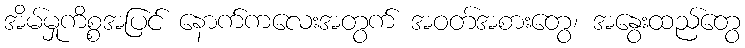
အိမ်မှုကိစ္စအပြင် နောက်ကလေးအတွက် အဝတ်အစားတွေ၊ အနွေးထည်တွေ